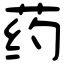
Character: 药